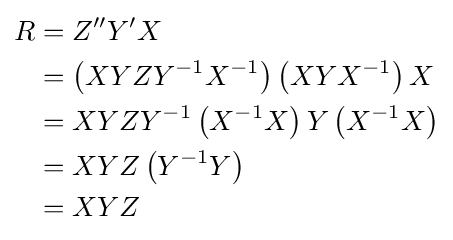
{\begin{aligned}R&=Z''Y'X\\&=\left(XYZY^{-1}X^{-1}\right)\left(XYX^{-1}\right)X\\&=XYZY^{-1}\left(X^{-1}X\right)Y\left(X^{-1}X\right)\\&=XYZ\left(Y^{-1}Y\right)\\&=XYZ\end{aligned}}